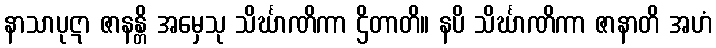
နာသာပုဋာ ဇာနန္တိ အမှေသု သိင်္ဃာဏိကာ ဌိတာတိ။ နပိ သိင်္ဃာဏိကာ ဇာနာတိ အဟံ